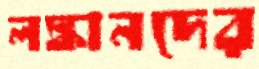
লঙ্কানদের